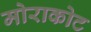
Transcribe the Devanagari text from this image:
मोराकोट